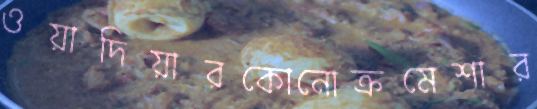
ওয়াদিয়ারকোনোক্রমেশার